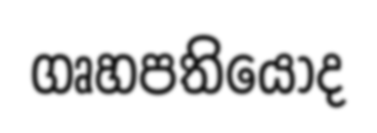
ගෘහපතියෝද